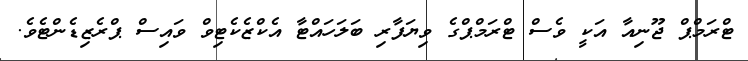
ޓްރަމްޕް ޖޫނިއާ އަކީ ވެސް ޓްރަމްޕްގެ ވިޔަފާރި ބަލަހައްޓާ އެކްޒެކެޓިވް ވައިސް ޕްރެޒިޑެންޓެވެ.